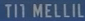
TIT MELLIL